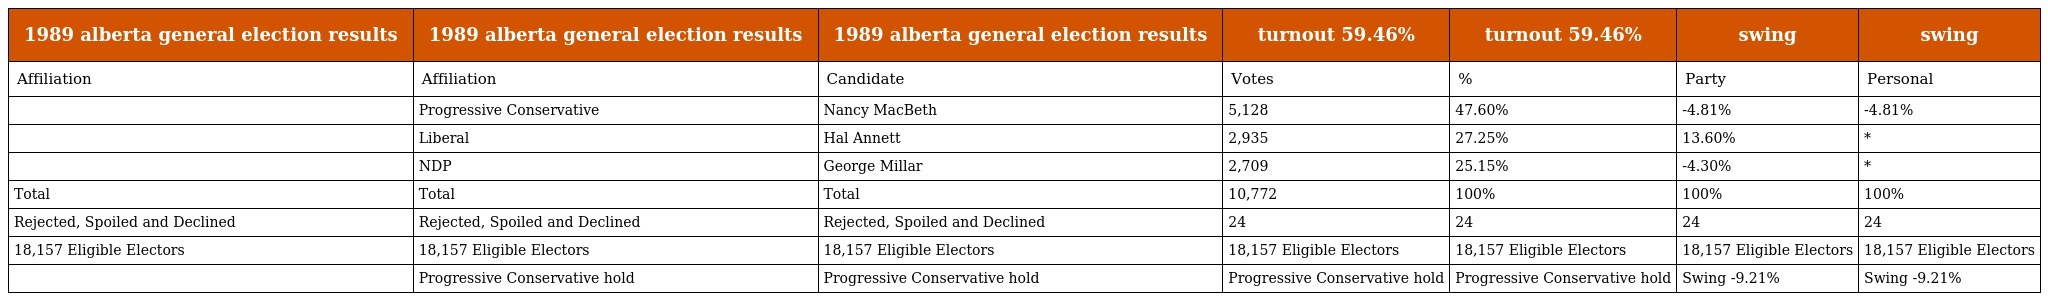
| 1989 alberta general election results | 1989 alberta general election results | 1989 alberta general election results | turnout 59.46% | turnout 59.46% | swing | swing |
 | --- | --- | --- | --- | --- | --- | --- |
 | Affiliation | Affiliation | Candidate | Votes | % | Party | Personal |
 |  | Progressive Conservative | Nancy MacBeth | 5,128 | 47.60% | -4.81% | -4.81% |
 |  | Liberal | Hal Annett | 2,935 | 27.25% | 13.60% | * |
 |  | NDP | George Millar | 2,709 | 25.15% | -4.30% | * |
 | Total | Total | Total | 10,772 | 100% | 100% | 100% |
 | Rejected, Spoiled and Declined | Rejected, Spoiled and Declined | Rejected, Spoiled and Declined | 24 | 24 | 24 | 24 |
 | 18,157 Eligible Electors | 18,157 Eligible Electors | 18,157 Eligible Electors | 18,157 Eligible Electors | 18,157 Eligible Electors | 18,157 Eligible Electors | 18,157 Eligible Electors |
 |  | Progressive Conservative hold | Progressive Conservative hold | Progressive Conservative hold | Progressive Conservative hold | Swing -9.21% | Swing -9.21% |